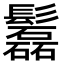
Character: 𩯹